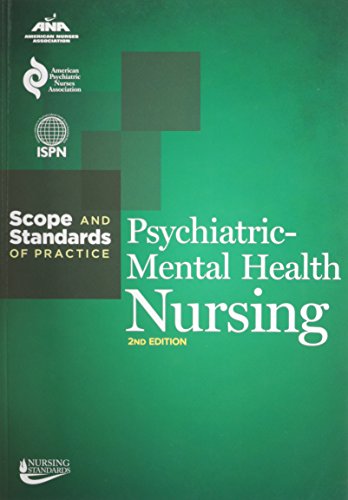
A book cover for Psychiatric-Mental Health Nursing: Scope and Standards of Practice (American Nurses Association); Ana; Medical Books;